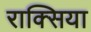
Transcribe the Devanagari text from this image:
राक्सिया